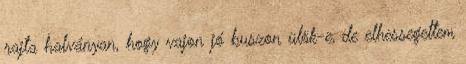
rajta halványan, hogy vajon jó buszon ülök-e, de elhessegettem